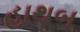
હાથબ